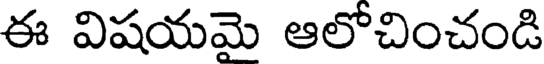
ఈ విషయమె ఆలోచించండి